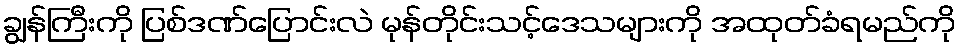
ချွန်ကြီးကို ပြစ်ဒဏ်ပြောင်းလဲ မုန်တိုင်းသင့်ဒေသများကို အထုတ်ခံရမည်ကို